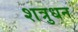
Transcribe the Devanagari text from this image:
शत्रुधन